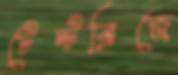
টেন্টব্রিজে